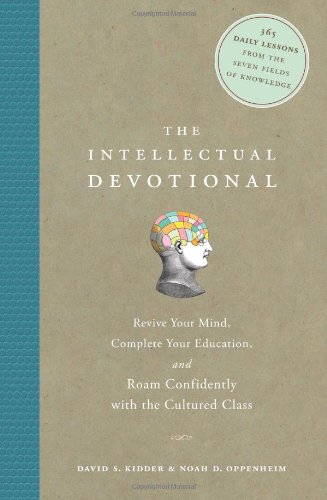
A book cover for The Intellectual Devotional: Revive Your Mind, Complete Your Education, and Roam Confidently with the Cultured Class; David S. Kidder; History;